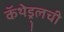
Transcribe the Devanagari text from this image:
कॅथेड्र्लची